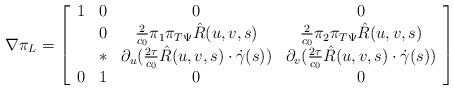
LaTeX: \begin{align*} \nabla\pi_L =\left[\begin{array}{cccc}1 & 0 & 0 & 0 \\* & 0 & \frac{2}{c_0}\pi_1\pi_{T\Psi}\hat{R}(u, v, s) & \frac{2}{c_0}\pi_2\pi_{T\Psi}\hat{R}(u, v, s) \\* & * & \partial_u(\frac{2\tau}{c_0}\hat{R}(u, v, s)\cdot\dot{\gamma}(s)) & \partial_v(\frac{2\tau}{c_0}\hat{R}(u, v, s)\cdot\dot{\gamma}(s)) \\0 & 1 & 0 & 0\end{array}\right]\end{align*}